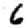
Digit: 6